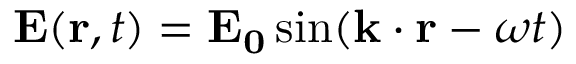
\mathbf { E } ( \mathbf { r } , t ) = \mathbf { E _ { 0 } } \sin ( \mathbf { k } \cdot \mathbf { r } - \omega t )